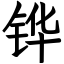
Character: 铧